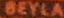
BEYLA